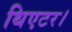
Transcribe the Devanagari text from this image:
थिएटर।